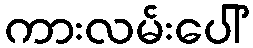
ကားလမ်းပေါ်